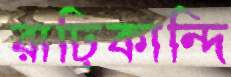
রাঢ়িকান্দি